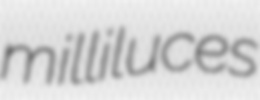
milliluces